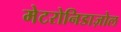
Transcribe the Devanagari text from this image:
मेटरोनिडाज़ोल